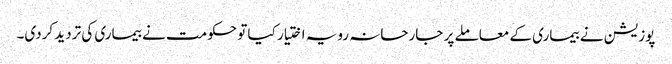
پوزیشن نے بیماری کے معاملے پر جارحانہ رویہ اختیار کیا تو حکومت نے بیماری کی تردید کردی۔